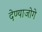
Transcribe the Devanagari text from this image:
देण्याजोगे